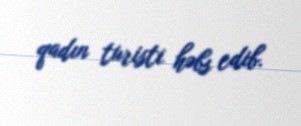
qadın turisti həbs edib.